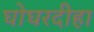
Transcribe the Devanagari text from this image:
घोघरदीहा